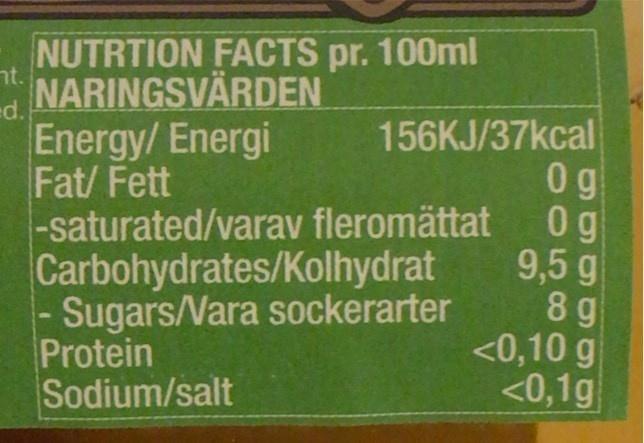
NUTRTION FACTS pr. 100ml NARINGSVÄRDEN
nt.
ed. Energy/ Energi Fat/ Fett -saturated/varav fleromättat 0g Carbohydrates/Kolhydrat - Sugars/Vara sockerarter Protein Sodium/salt
156KJ/37kcal 0g
9,5 g 8 g <0,10 g <0,1g